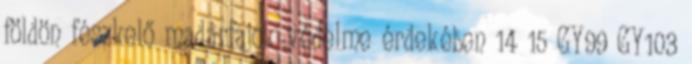
földön fészkelő madárfajok védelme érdekében 14 15 GY99 GY103